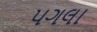
પગલા